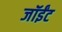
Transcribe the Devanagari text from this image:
जॉईंट